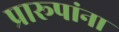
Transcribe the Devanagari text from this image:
प्रारूपांना